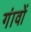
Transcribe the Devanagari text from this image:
गंावों